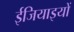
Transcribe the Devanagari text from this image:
ईजियाइयों